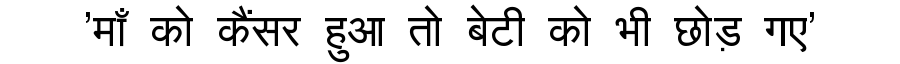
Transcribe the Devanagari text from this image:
'माँ को कैंसर हुआ तो बेटी को भी छोड़ गए'